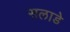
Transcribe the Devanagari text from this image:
सलाडे